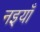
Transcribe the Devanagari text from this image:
नइयाँ